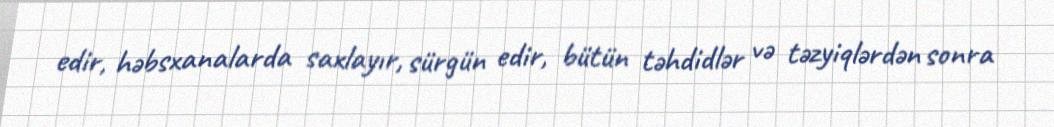
edir, həbsxanalarda saxlayır, sürgün edir, bütün təhdidlər və təzyiqlərdən sonra